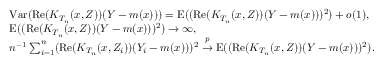
\begin{array} { r l } & { \mathrm { V a r } ( \mathrm { R e } ( K _ { T _ { n } } ( x , Z ) ) ( Y - m ( x ) ) ) = \mathrm { E } ( ( \mathrm { R e } ( K _ { T _ { n } } ( x , Z ) ) ( Y - m ( x ) ) ) ^ { 2 } ) + o ( 1 ) , } \\ & { \mathrm { E } ( ( \mathrm { R e } ( K _ { T _ { n } } ( x , Z ) ) ( Y - m ( x ) ) ) ^ { 2 } ) \rightarrow \infty , } \\ & { n ^ { - 1 } \sum _ { i = 1 } ^ { n } ( \mathrm { R e } ( K _ { T _ { n } } ( x , Z _ { i } ) ) ( Y _ { i } - m ( x ) ) ) ^ { 2 } \overset { p } { \rightarrow } \mathrm { E } ( ( \mathrm { R e } ( K _ { T _ { n } } ( x , Z ) ) ( Y - m ( x ) ) ) ^ { 2 } ) . } \end{array}